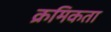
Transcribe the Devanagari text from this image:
क्रमिकता